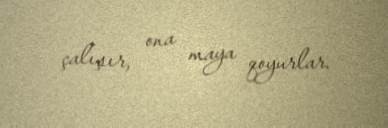
çalışır, ona maya qoyurlar.